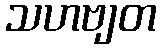
သဟဗျတ